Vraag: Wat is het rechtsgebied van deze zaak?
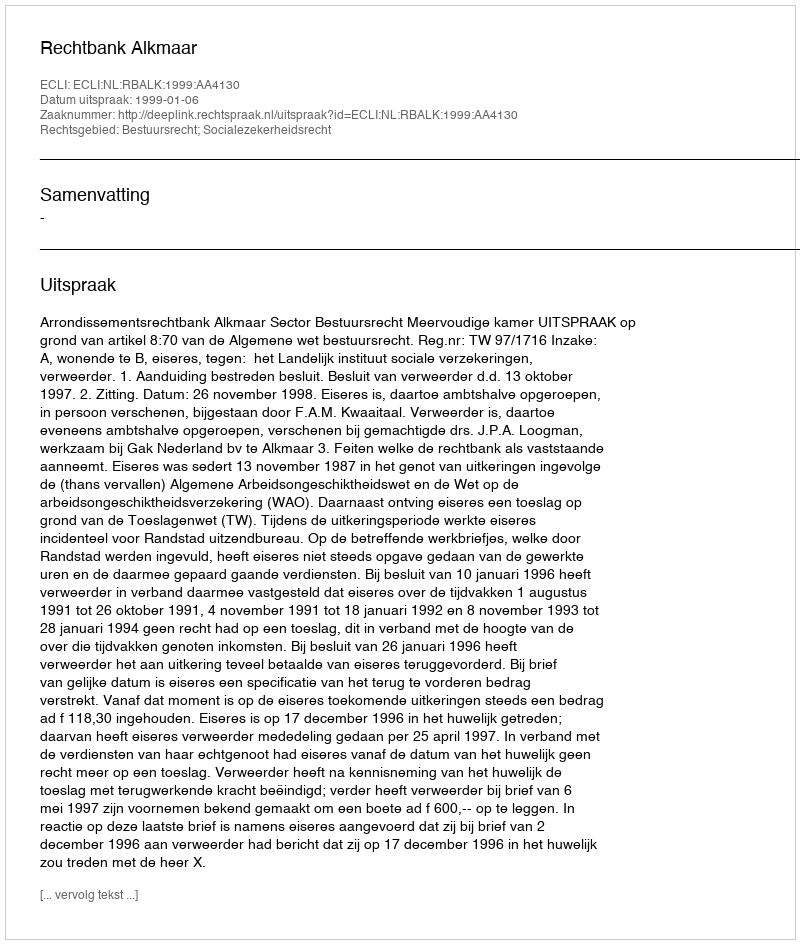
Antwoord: Bestuursrecht; Socialezekerheidsrecht